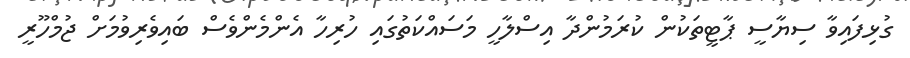
ގުޅިފައިވާ ސިޔާސީ ޕާޓީތަކުން ކުރަމުންދާ އިސްލާހީ މަސައްކަތުގައި ހުރިހާ އެންމެންވެސް ބައިވެރިވުމަށް ޖުމްހޫރީ